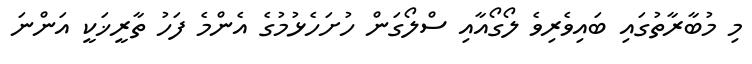
މި މުބާރާތުގައި ބައިވެރިވެ ލޯގޯއާއި ސްލޯގަން ހުށަހެޅުމުގެ އެންމެ ފަހު ތާރީޚަކީ އަންނަ